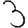
Digit: 3